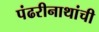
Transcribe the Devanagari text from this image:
पंढरीनाथांची